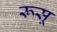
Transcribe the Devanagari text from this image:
रूसू